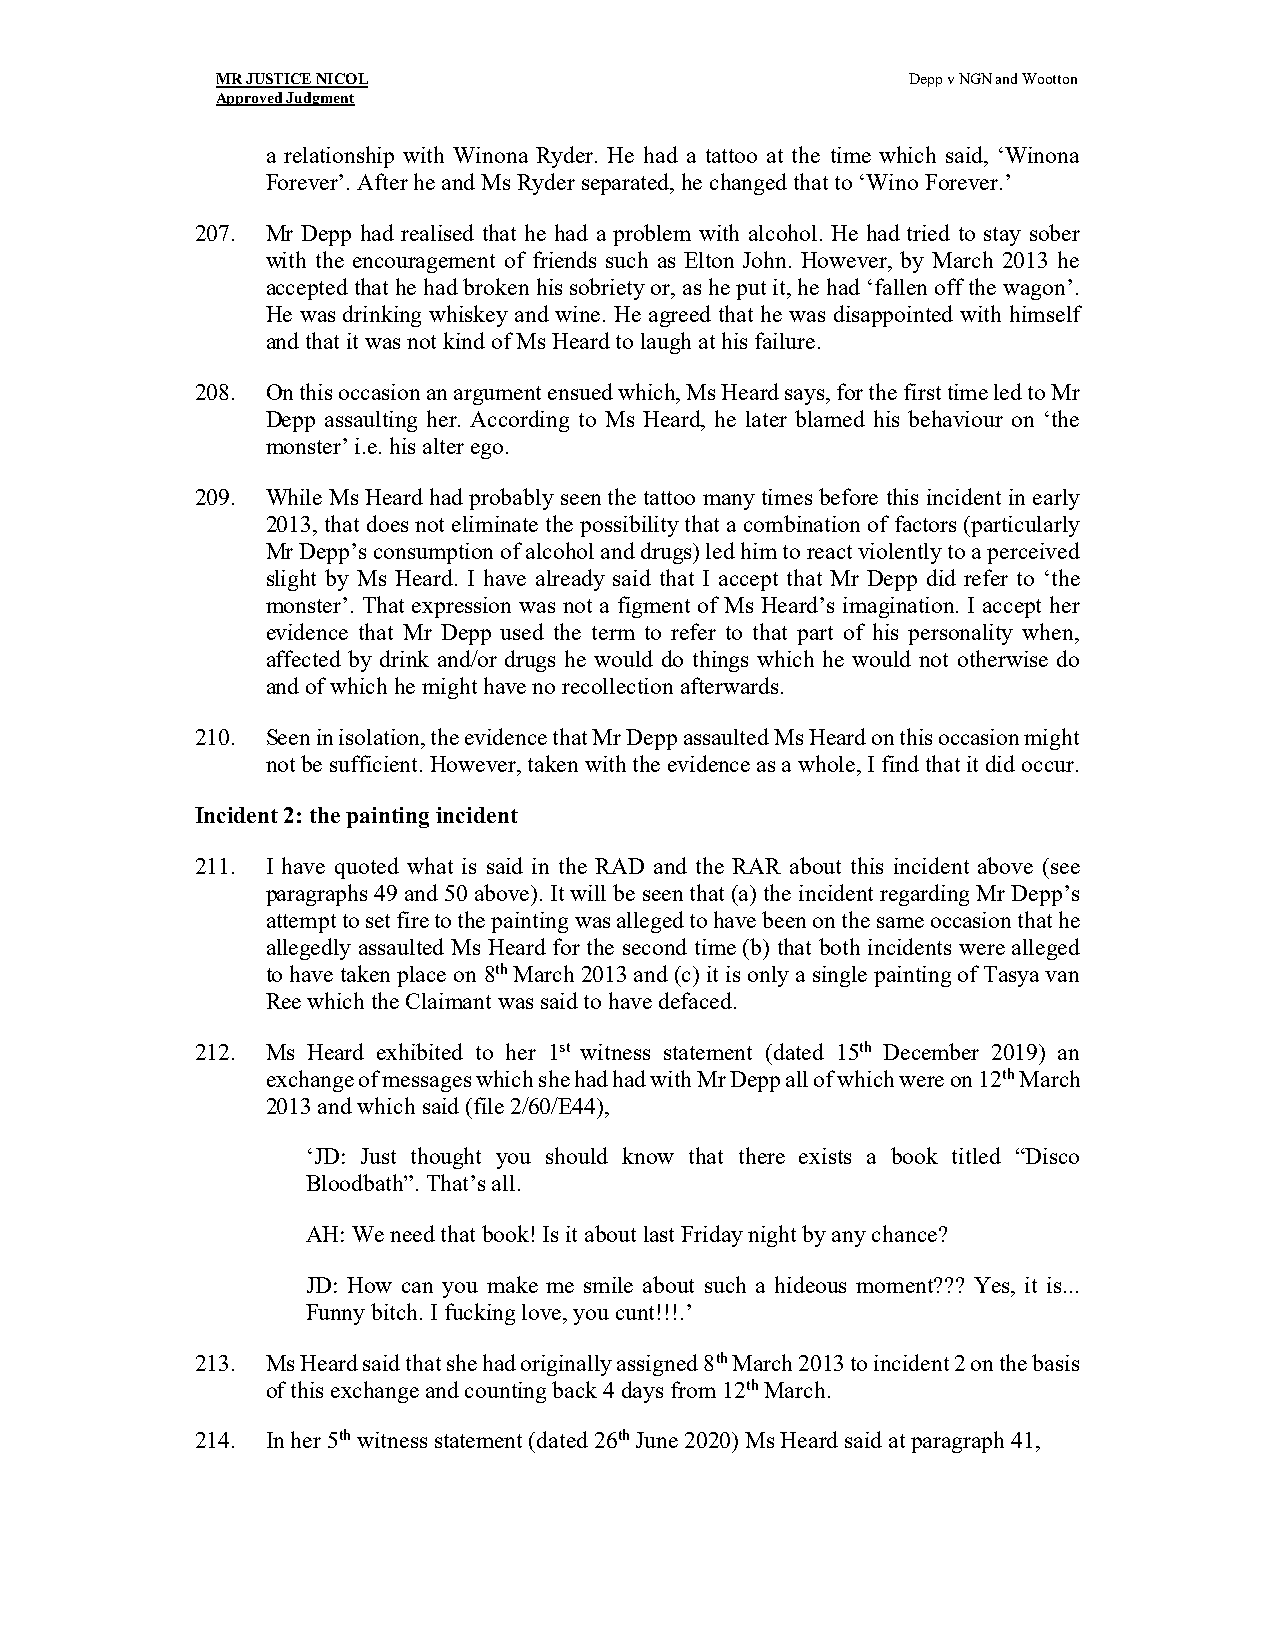
MR JUSTICE NICOL                              Depp v NGN and Wootton
 Approved Judgment
 a relationship with Winona Ryder. He had a tattoo at the time which said, ‘Winona
 Forever’. After he and Ms Ryder separated, he changed that to ‘Wino Forever.’
 207. Mr Depp had realised that he had a problem with alcohol. He had tried to stay sober
 with the encouragement of friends such as Elton John. However, by March 2013 he
 accepted that he had broken his sobriety or, as he put it, he had ‘fallen off the wagon’.
 He was drinking whiskey and wine. He agreed that he was disappointed with himself
 and that it was not kind of Ms Heard to laugh at his failure.
 208. On this occasion an argument ensued which, Ms Heard says, for the first time led to Mr
 Depp assaulting her. According to Ms Heard, he later blamed his behaviour on ‘the
 monster’ i.e. his alter ego.
 209. While Ms Heard had probably seen the tattoo many times before this incident in early
 2013, that does not eliminate the possibility that a combination of factors (particularly
 Mr Depp’s consumption of alcohol and drugs) led him to react violently to a perceived
 slight by Ms Heard. I have already said that I accept that Mr Depp did refer to ‘the
 monster’. That expression was not a figment of Ms Heard’s imagination. I accept her
 evidence that Mr Depp used the term to refer to that part of his personality when,
 affected by drink and/or drugs he would do things which he would not otherwise do
 and of which he might have no recollection afterwards.
 210. Seen in isolation, the evidence that Mr Depp assaulted Ms Heard on this occasion might
 not be sufficient. However, taken with the evidence as a whole, I find that it did occur.
 Incident 2: the painting incident
 211. I have quoted what is said in the RAD and the RAR about this incident above (see
 paragraphs 49 and 50 above). It will be seen that (a) the incident regarding Mr Depp’s
 attempt to set fire to the painting was alleged to have been on the same occasion that he
 allegedly assaulted Ms Heard for the second time (b) that both incidents were alleged
 to have taken place on 8th March 2013 and (c) it is only a single painting of Tasya van
 Ree which the Claimant was said to have defaced.
 212. Ms Heard exhibited to her 1st witness statement (dated 15th December 2019) an
 exchange of messages which she had had with Mr Depp all of which were on 12th March
 2013 and which said (file 2/60/E44),
 ‘JD: Just thought you should know that there exists a book titled “Disco
 Bloodbath”. That’s all.
 AH: We need that book! Is it about last Friday night by any chance?
 JD: How can you make me smile about such a hideous moment??? Yes, it is...
 Funny bitch. I fucking love, you cunt!!!.’
 213. Ms Heard said that she had originally assigned 8th March 2013 to incident 2 on the basis
 of this exchange and counting back 4 days from 12th March.
 214. In her 5th witness statement (dated 26th June 2020) Ms Heard said at paragraph 41,